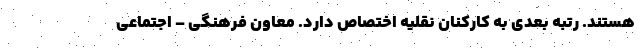
هستند. رتبه بعدی به کارکنان نقلیه اختصاص دارد. معاون فرهنگی – اجتماعی